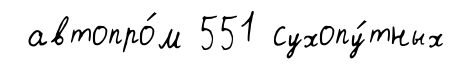
автопро́м 551 сухопу́тных